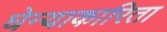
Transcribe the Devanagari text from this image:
घेन्याकारिता